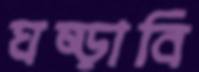
ঘষ্‌ড়াবি